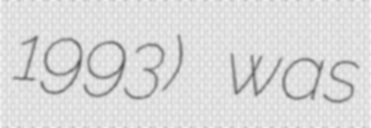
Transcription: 1993) was